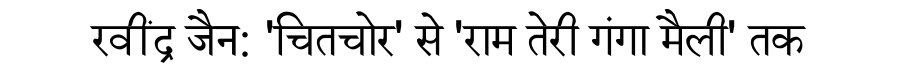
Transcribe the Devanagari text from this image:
रवींद्र जैन: 'चितचोर' से 'राम तेरी गंगा मैली' तक